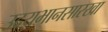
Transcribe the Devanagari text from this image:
उदयभानसारखा